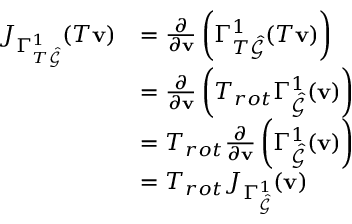
\begin{array} { r l } { J _ { \Gamma _ { T \hat { \mathcal { G } } } ^ { 1 } } ( T \mathbf { v } ) } & { = \frac { \partial } { \partial \mathbf { v } } \left( \Gamma _ { T \hat { \mathcal { G } } } ^ { 1 } ( T \mathbf { v } ) \right) } \\ & { = \frac { \partial } { \partial \mathbf { v } } \left( T _ { r o t } \Gamma _ { \hat { \mathcal { G } } } ^ { 1 } ( \mathbf { v } ) \right) } \\ & { = T _ { r o t } \frac { \partial } { \partial \mathbf { v } } \left( \Gamma _ { \hat { \mathcal { G } } } ^ { 1 } ( \mathbf { v } ) \right) } \\ & { = T _ { r o t } J _ { \Gamma _ { \hat { \mathcal { G } } } ^ { 1 } } ( \mathbf { v } ) } \end{array}